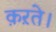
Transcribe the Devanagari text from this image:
क़ऱते।